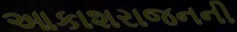
આકાશરાજનની